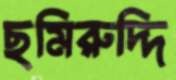
ছমিরুদ্দি